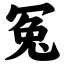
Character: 冤